system: You are a helpful assistant.
user:
Analyze the provided spectrum to determine if it is a **"Cataclysmic Variables (CV)"**.

- **Key Indicators for CV (Check for either state):**
    - **State 1: Quiescent / Low-State (Emission-Dominated)**
        - **(Primary):** Strong and *very broad* Hydrogen Balmer emission lines (e.g., $H\alpha$ at 6563 Å, $H\beta$ at 4861 Å). The 'broadness' (high velocity dispersion, often FWHM > 1000 km/s) is the key diagnostic, indicating a high-velocity accretion disk.
        - **(Secondary):** Broad neutral Helium (He I) emission lines (e.g., 5876 Å, 6678 Å).
        - **(Key Confirmation):** Presence of high-excitation *ionized* Helium (He II) emission at 4686 Å. This is a strong indicator of accretion onto a white dwarf.
        - **(Line Profile):** Emission lines may exhibit a 'double-peaked' profile, which is a classic signature of a rotating accretion disk viewed at high inclination.

    - **State 2: Outburst / High-State (Absorption-Dominated)**
        - **(Primary):** Spectrum is dominated by a bright, blue continuum (looks like a hot star).
        - **(Secondary):** The emission lines from State 1 are weak, absent, or 'filled in', and are replaced by broad, shallow *absorption* lines (primarily Balmer and He I).
        - **(Morphology):** The overall spectrum mimics a hot B/A-type star. The crucial difference is that the absorption lines are significantly broader, shallower, and more 'washed-out' (or 'smeared') than the sharp lines of a normal stellar photosphere, due to high rotational speeds and pressure broadening in the disk.

Think first, call **spectral_visualization_tool** if needed to examine features in detail, then provide your final answer. Your response must adhere to the following strict rules:
1.  **Overall Structure:** Your response must follow the format `<think>...</think> <tool_call>...</tool_call> (if a tool is used) <answer>...</answer>`.
2.  **Tool Usage Constraint:** You may only make **one** tool call per turn.
3.  **Final Answer Format:** In the `<answer>` tag, your conclusion must be inside a `\boxed{}` command (e.g., `\boxed{YES}`), followed by your justification.

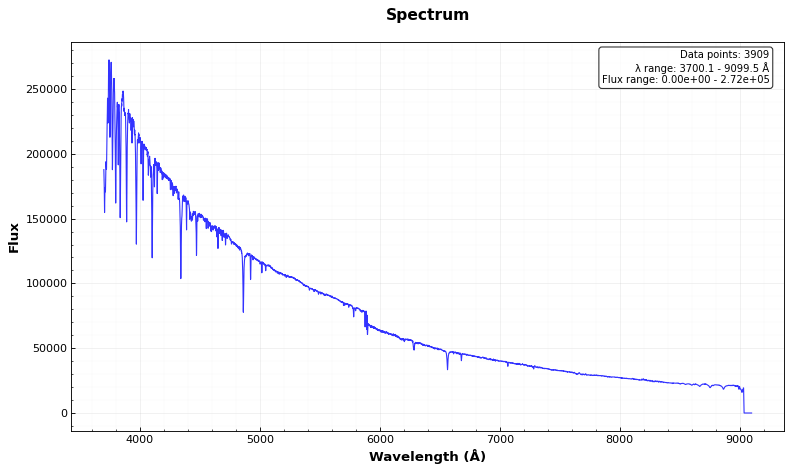
Answer: NO